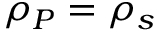
\rho _ { P } = \rho _ { s }